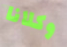
وكلانا